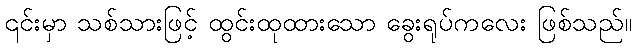
၎င်းမှာ သစ်သားဖြင့် ထွင်းထုထားသော ခွေးရုပ်ကလေး ဖြစ်သည်။